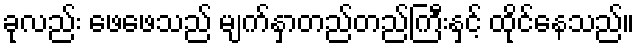
ခုလည်း ဖေဖေသည် မျက်နှာတည်တည်ကြီးနှင့် ထိုင်နေသည်။